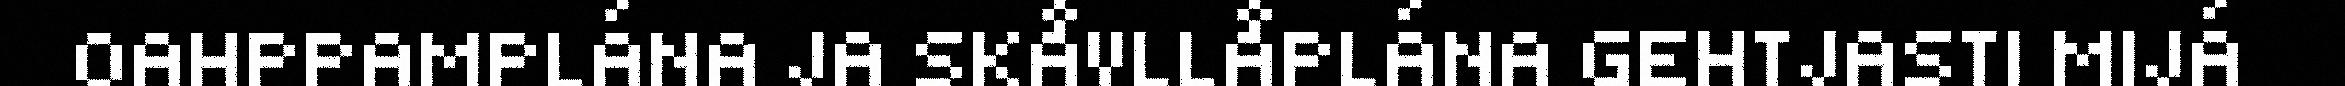
OAHPPAMPLÁNA JA SKÅVLLÅPLÁNA GEHTJASTI MIJÁ